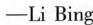
—Li Bing